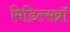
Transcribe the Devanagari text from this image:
मिडिल्सब्रॉ